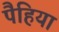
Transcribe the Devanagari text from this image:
पैहिया